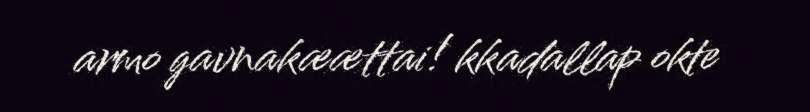
armo gavnakæættai! kkadallap okte